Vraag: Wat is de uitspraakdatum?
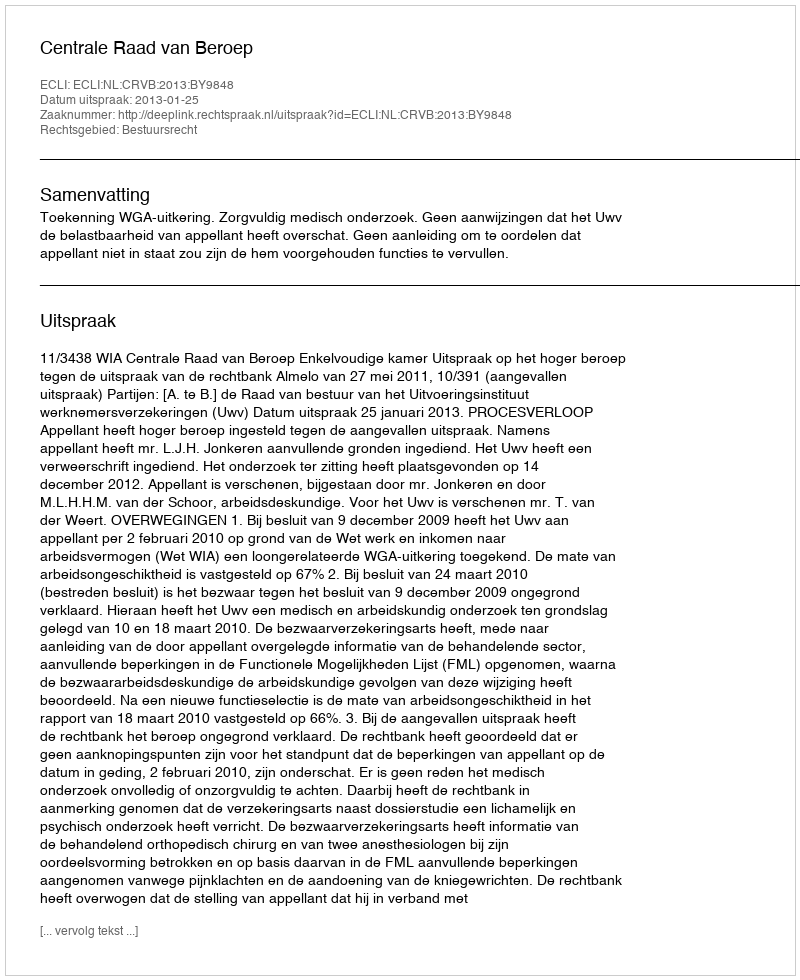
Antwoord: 2013-01-25